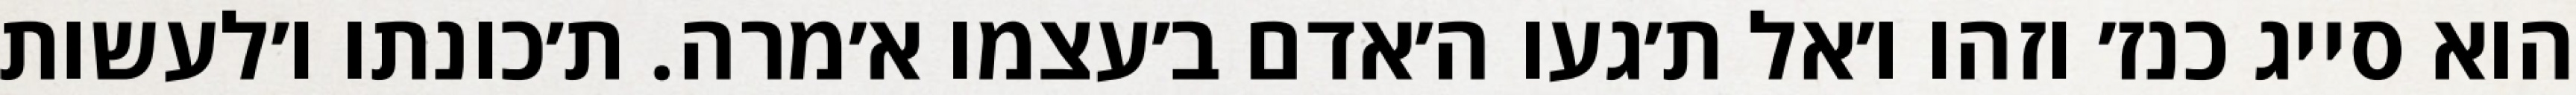
הוא סייג כנז׳ וזהו ו׳אל ת׳געו ה׳אדם ב׳עצמו א׳מרה. ת׳כונתו ו׳לעשות